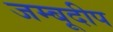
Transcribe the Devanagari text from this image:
जम्बूदीप